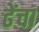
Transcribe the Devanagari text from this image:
ढेंचा